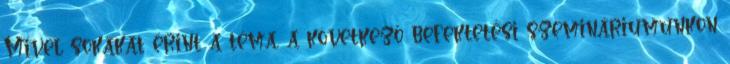
Mivel sokakat érint a téma, a következő befektetési szemináriumunkon